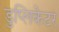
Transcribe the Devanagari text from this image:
डुप्लिकेटर